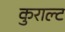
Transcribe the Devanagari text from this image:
कुराल्ट